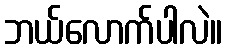
ဘယ်လောက်ပါလဲ။